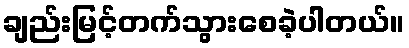
ချည်းမြင့်တက်သွားစေခဲ့ပါတယ်။